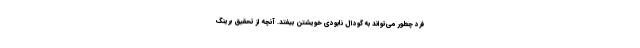
فرد چطور می‌تواند به گودال نابودی خویشتن بیفتد. آنچه از تحقیق برینگ